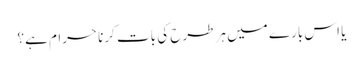
یا اس بارے میں ہر طرح کی بات کرنا حرام ہے؟